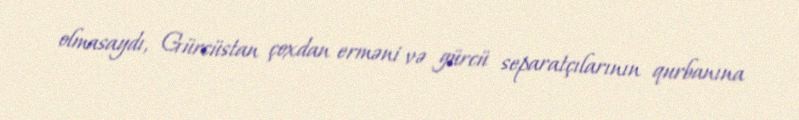
olmasaydı, Gürcüstan çoxdan erməni və gürcü separatçılarının qurbanına